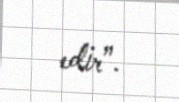
edir”.